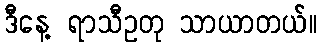
ဒီနေ့ ရာသီဥတု သာယာတယ်။